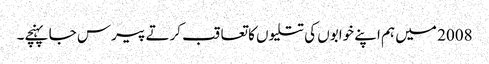
2008 میں ہم اپنے خوابوں کی تتلیوں کا تعاقب کرتے پیرس جا پہنچے۔